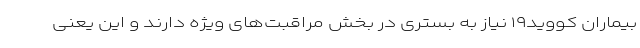
بیماران کووید۱۹ نیاز به بستری در بخش مراقبت‌های ویژه دارند و این یعنی